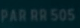
PARRAS05